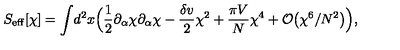
S _ { \mathrm { e f f } } [ \chi ] = \int \! d ^ { 2 } x \Bigl ( { \frac { 1 } { 2 } } \partial _ { \alpha } \chi \partial _ { \alpha } \chi - { \frac { \delta v } { 2 } } \chi ^ { 2 } + { \frac { \pi V } { N } } \chi ^ { 4 } + { \cal O } \bigl ( \chi ^ { 6 } / N ^ { 2 } \bigr ) \Bigr ) ,